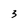
Character: 3